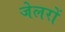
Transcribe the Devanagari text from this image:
जेलरों